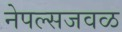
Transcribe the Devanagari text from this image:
नेपल्सजवळ